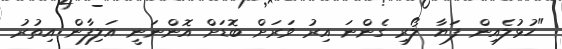
"ހުޅުލެއިން ފަޔާ ލޯރި ގެންނަ އިރު ވަރަށް ބޮޑަށް އޮންނަނީ އަލިފާން އިތުރު